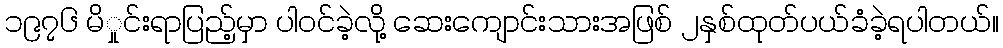
၁၉၇၆ မိှုင်းရာပြည့်မှာ ပါဝင်ခဲ့လို့ ဆေးကျောင်းသားအဖြစ် ၂နှစ်ထုတ်ပယ်ခံခဲ့ရပါတယ်။